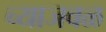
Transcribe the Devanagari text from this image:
च्याजवळ